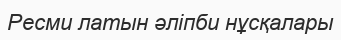
Ресми латын әліпби нұсқалары